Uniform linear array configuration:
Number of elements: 32
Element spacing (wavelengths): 0.25
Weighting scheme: exponential
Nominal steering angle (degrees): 0
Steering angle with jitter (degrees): -0.9055
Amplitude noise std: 0.05
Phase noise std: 0.05

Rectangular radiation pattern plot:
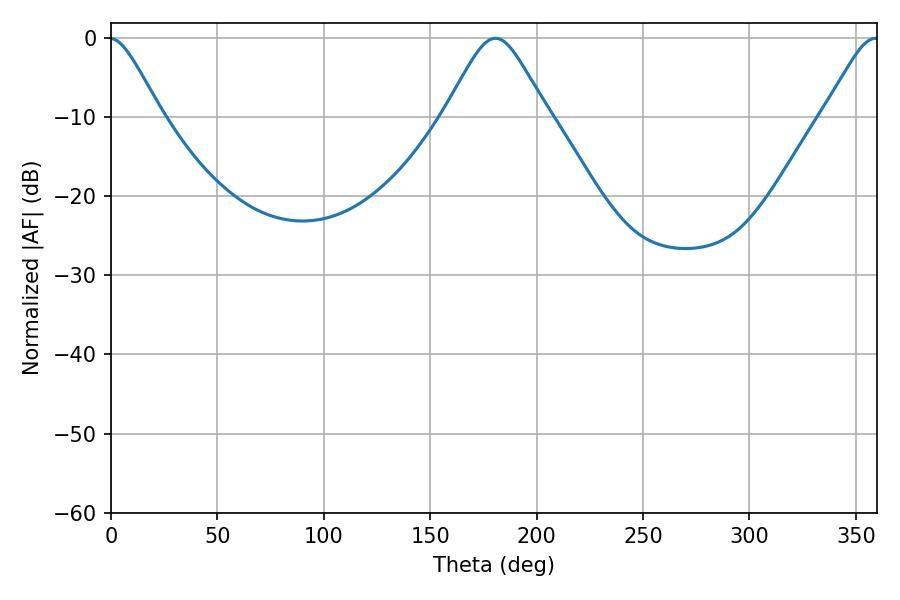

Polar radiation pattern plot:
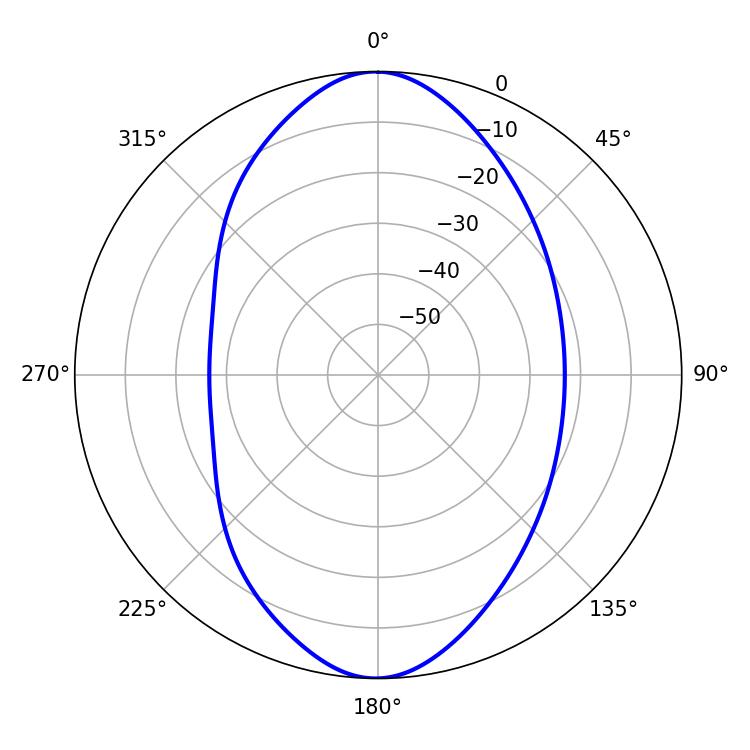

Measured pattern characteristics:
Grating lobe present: FALSE
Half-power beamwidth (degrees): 23.4
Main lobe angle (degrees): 180.72